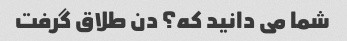
شما می دانید که؟ دن طلاق گرفت